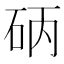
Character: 𱳴